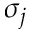
\sigma _ { j }